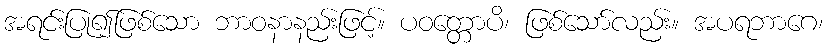
အရင်းပြု၍ဖြစ်သော ဘာဝနာနည်းဖြင့်။ ပဝတ္တောပိ၊ ဖြစ်သော်လည်း။ အပရဘာဂေ၊